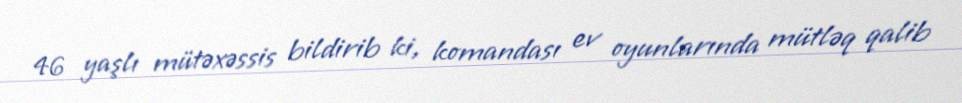
46 yaşlı mütəxəssis bildirib ki, komandası ev oyunlarında mütləq qalib